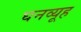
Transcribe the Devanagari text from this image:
घनव्यूह